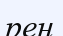
рен